Civil Veterinary Department. Madras. Admin. report 1926-33 - 1926-1933
Year: 1926
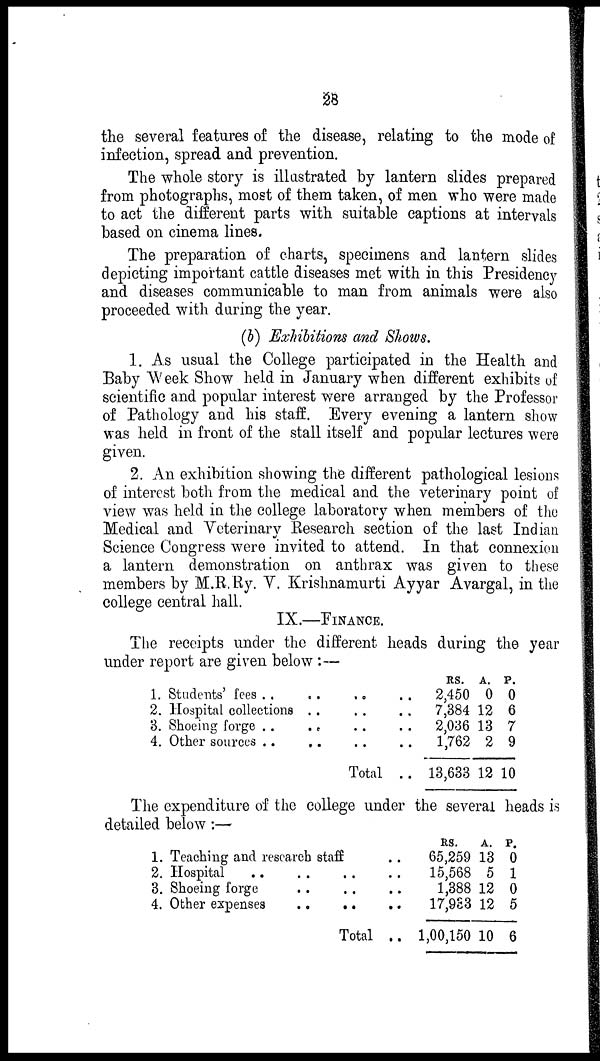
28
the several features of the disease, relating to the mode of
infection, spread and prevention.
The whole story is illustrated by lantern slides prepared
from photographs, most of them taken, of men who were made
to act the different parts with suitable captions at intervals
based on cinema lines.
The preparation of charts, specimens and lantern slides
depicting important cattle diseases met with in this Presidency
and diseases communicable to man from animals were also
proceeded with during the year.
(b) Exhibitions and Shows.
1. As usual the College participated in the Health and
Baby Week Show held in January when different exhibits of
scientific and popular interest were arranged by the Professor
of Pathology and his staff. Every evening a lantern show
was held in front of the stall itself and popular lectures were
given.
2. An exhibition showing the different pathological lesions
of interest both from the medical and the veterinary point of
view was held in the college laboratory when members of the
Medical and Veterinary Research section of the last Indian
Science Congress were invited to attend. In that connexion
a lantern demonstration on anthrax was given to these
members by M.R.Ry. V. Krishnamurti Ayyar Avargal, in the
college central hall.
IX.—FINANCE.
The receipts under the different heads during the year
under report are given below :—
1.
2.
3.
4.
Students' fees .. ..
Hospital collections . .
Shoeing forge . .
..
Other sources .. ..
.. ..
.. ..
.. ..
.. ..
Total . .
RS. A. P.
2,450 0 0
7,384 12 6
2,036 13 7
1,762 2 9
13,633 12 10
The expenditure of the college under the several heads is
detailed below:—
1. Teaching and research staff
2. Hospital
3. Shoeing forge
Total
..
..
..
..
RS.
A. P.
65,259 13 0
15,568 5 1
1,388 12 0
17,933 12 5
1,00,150 10 6